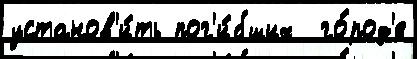
установ'и́ть пог'и́бших  го́род'е